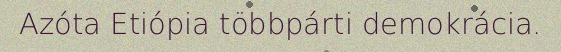
Azóta Etiópia többpárti demokrácia.